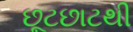
છૂટછાટથી